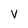
Character: V